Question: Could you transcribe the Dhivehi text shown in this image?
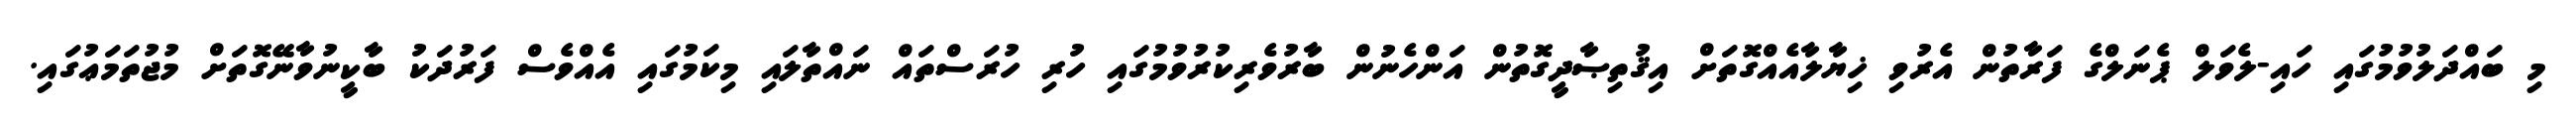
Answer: މި ބައްދަލުވުމުގައި ހައި-ލެވަލް ޕެނަލްގެ ފަރާތުން އެރުވި ޚިޔާލާއެއްގޮތަށް އިޤުތިޞާދީގޮތުން އަންހެނުން ބާރުވެރިކުރުވުމުގައި ހުރި ހުރަސްތައް ނައްތާލައި މިކަމުގައި އެއްވެސް ފަރުދަކު ބާކީނުވާނޭގޮތަށް މުޖުތަމަޢުގައި.